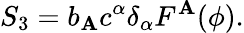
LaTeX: S_{3}=b_{\mathbf{A}}c^{\alpha}\delta_{\alpha}F^{\mathbf{A}}(\phi).